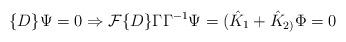
LaTeX: \begin{align*}\{D\}\Psi =0\Rightarrow {\cal F}\{D\}\Gamma \Gamma ^{-1}\Psi=(\hat K_1+\hat K_{2)}\Phi =0\end{align*}